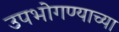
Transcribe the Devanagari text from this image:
उपभोगण्याच्या